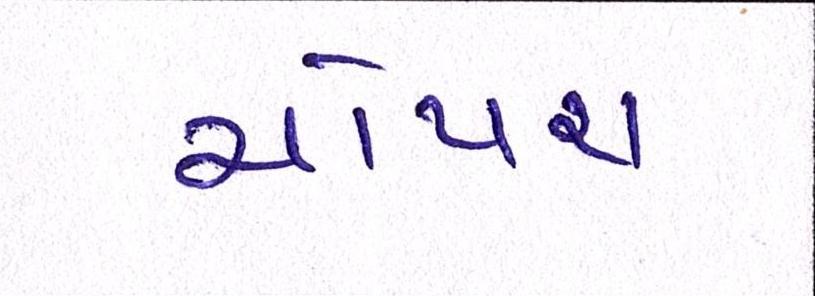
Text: ચોપરા